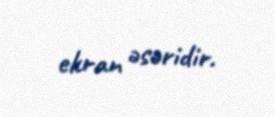
ekran əsəridir.